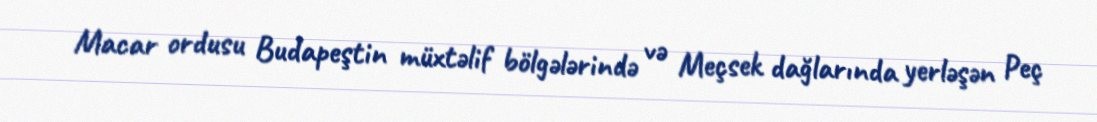
Macar ordusu Budapeştin müxtəlif bölgələrində və Meçsek dağlarında yerləşən Peç